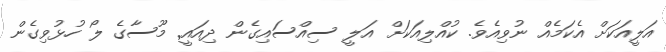
އަލީއަކަށް އެކަމެއް ނުވިއެވެ. ކުއްލިއަކަށް އަލީ ސިއްސައިގެން ދިއައީ